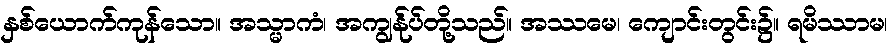
နှစ်ယောက်ကုန်သော။ အသ္မာကံ၊ အကျွန်ုပ်တို့သည်။ အဿမေ၊ ကျောင်းတွင်း၌။ ရမိဿာမ၊